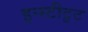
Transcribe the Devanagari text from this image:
इन्स्टीटुट